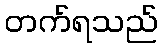
တက်ရသည်